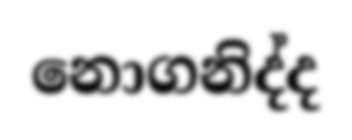
නොගනිද්ද